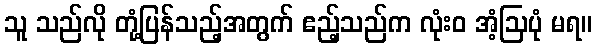
သူ သည်လို တုံ့ပြန်သည့်အတွက် ဧည့်သည်က လုံးဝ အံ့ဩပုံ မရ။